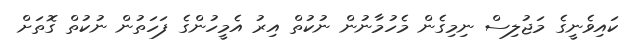
ކައިވެނީގެ މަޖުލިސް ނިމިގެން މެހުމާނުން ނުކުތް އިރު އެމީހުންގެ ފަހަތުން ނުކުތް ގޮތަށް